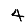
Digit: 4